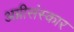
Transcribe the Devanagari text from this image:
अग्नीसंस्कार